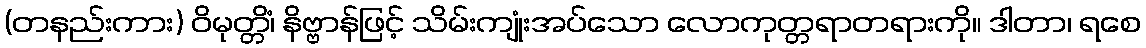
(တနည်းကား) ဝိမုတ္တိံ၊ နိဗ္ဗာန်ဖြင့် သိမ်းကျုံးအပ်သော လောကုတ္တရာတရားကို။ ဒါတာ၊ ရစေ